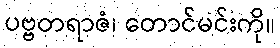
ပဗ္ဗတရာဇံ၊ တောင်မင်းကို။